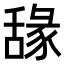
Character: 𦧫